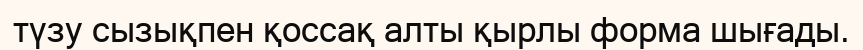
түзу сызықпен қоссақ алты қырлы форма шығады.